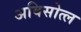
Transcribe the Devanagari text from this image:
अविसोत्ल